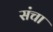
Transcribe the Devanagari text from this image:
संचा